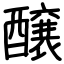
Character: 醸